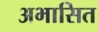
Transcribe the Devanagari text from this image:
अभासित